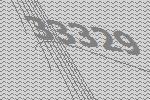
33329